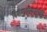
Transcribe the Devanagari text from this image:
विशेषाधीकारांची